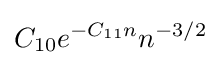
C_{10}e^{-C_{11}n}n^{-3/2}